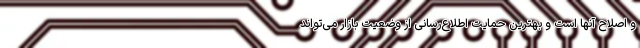
و اصلاح آنها است و بهترین حمایت اطلاع‌رسانی از وضعیت بازار می‌تواند